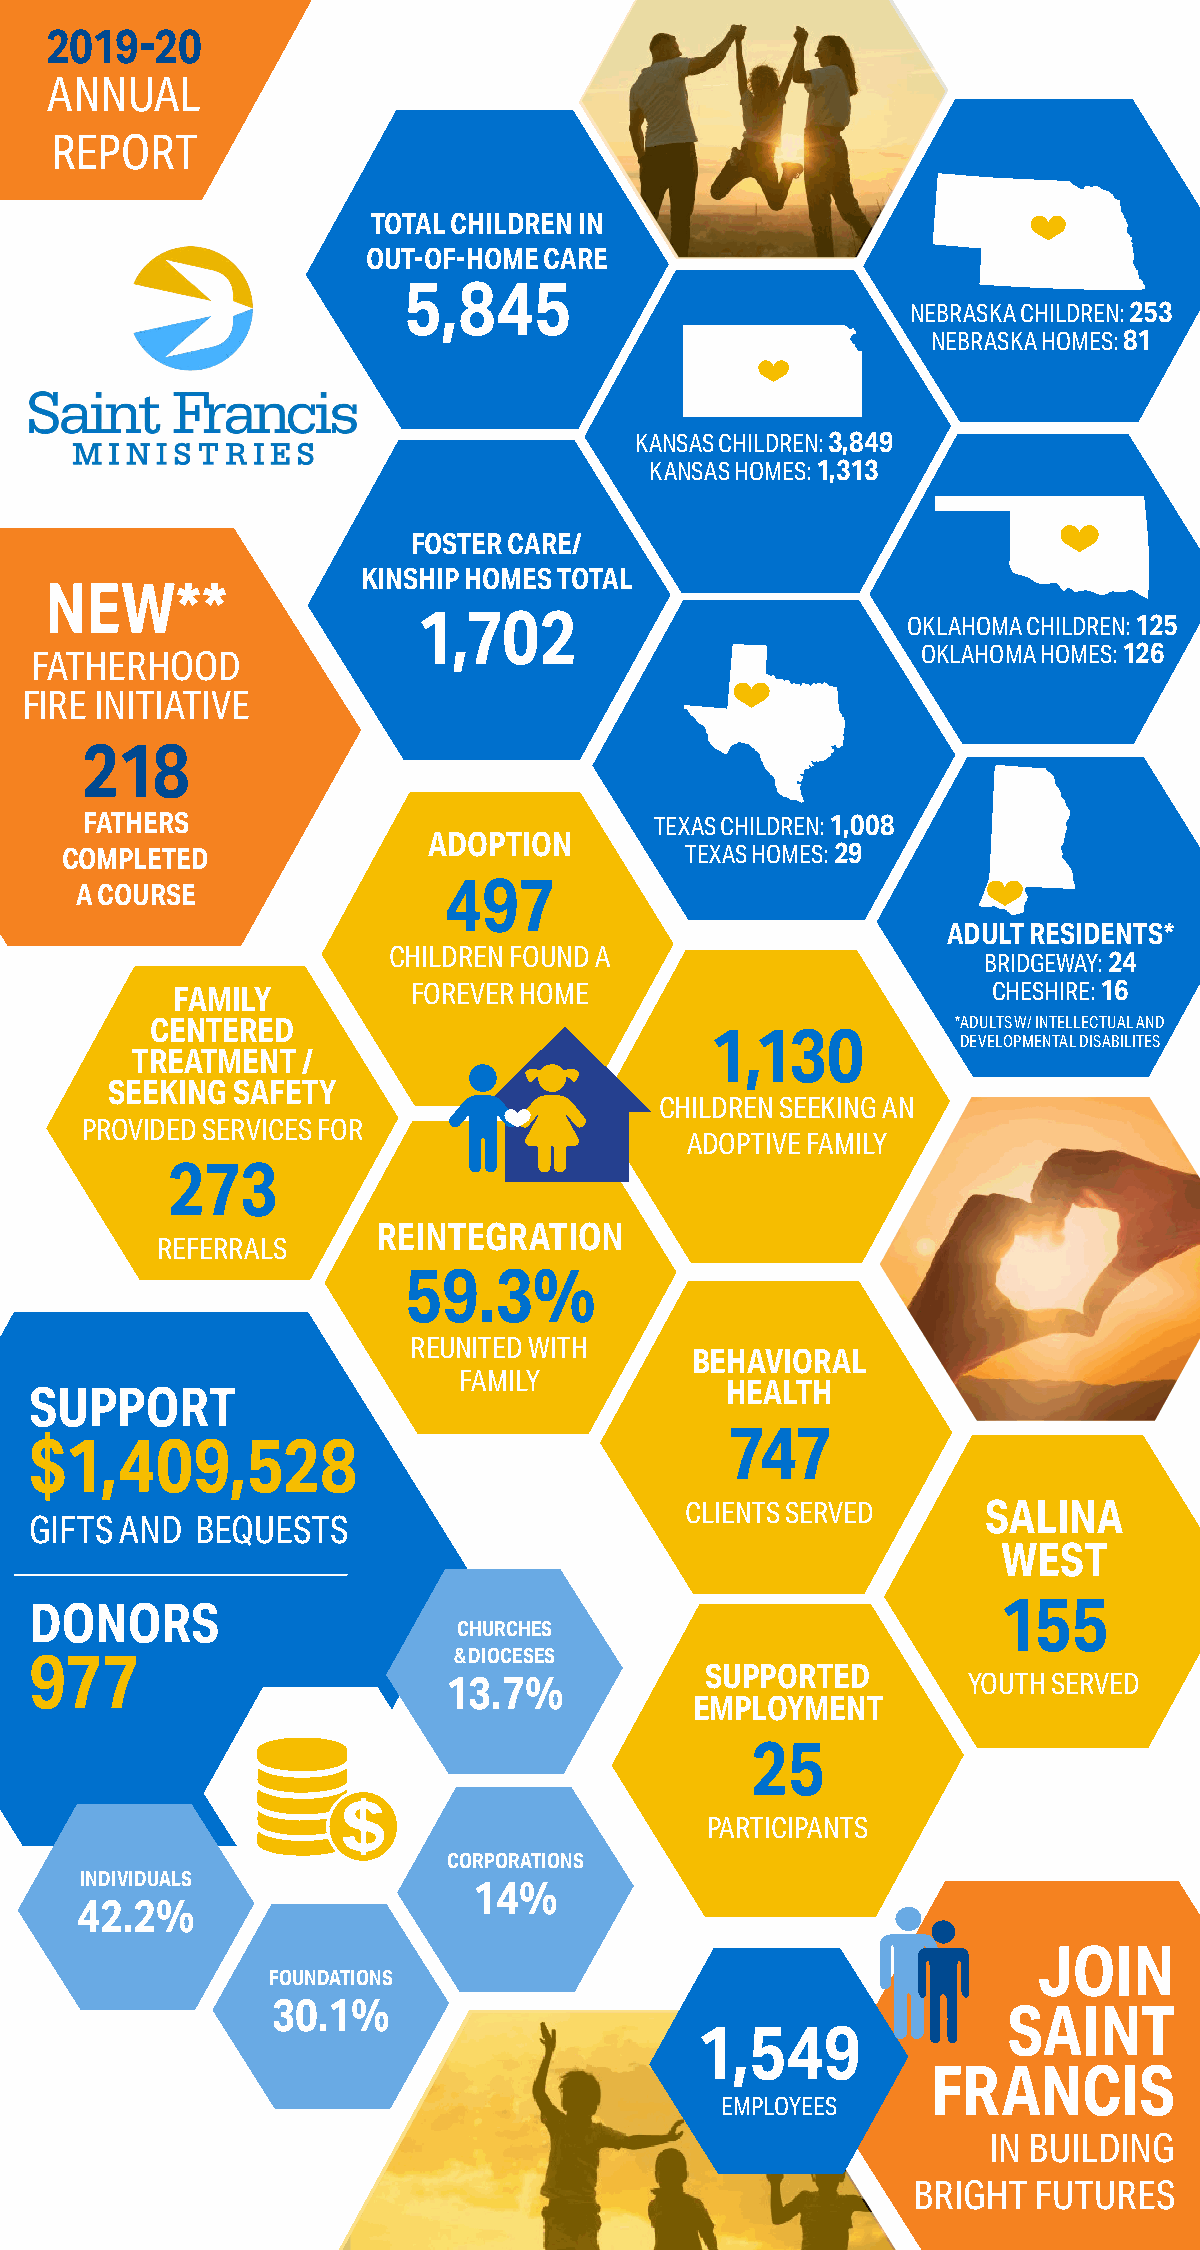
2019-20
 ANNUAL
 REPORT
 TOTAL CHILDREN IN
 OUT-OF-HOME CARE
 5,845
 NEBRASKA CHILDREN: 253
 NEBRASKA HOMES: 81
 KANSAS CHILDREN: 3,849
 KANSAS HOMES: 1,313
 FOSTER CARE/
 KINSHIP HOMES TOTAL
 NEW**
 1,702
 OKLAHOMA CHILDREN: 125
 FATHERHOOD                                                 OKLAHOMA HOMES: 126
 FIRE INITIATIVE
 218
 FATHERS                               TEXAS CHILDREN: 1,008
 ADOPTION
 COMPLETED                                TEXAS HOMES: 29
 497
 A COURSE
 ADULT RESIDENTS*
 CHILDREN FOUND A                       BRIDGEWAY: 24
 FAMILY          FOREVER HOME                           CHESHIRE: 16
 CENTERED                                             *ADULTS W/ INTELLECTUAL AND
 1,130
 DEVELOPMENTAL DISABILITES
 TREATMENT  /
 SEEKING SAFETY
 CHILDREN SEEKING AN
 PROVIDED SERVICES FOR
 ADOPTIVE FAMILY
 273
 REINTEGRATION
 REFERRALS
 59.3%
 REUNITED WITH
 BEHAVIORAL
 FAMILY
 SUPPORT                                       HEALTH
 747
 $1,409,528
 CLIENTS SERVED      SALINA
 GIFTS AND  BEQUESTS
 WEST
 155
 DONORS
 CHURCHES
 977                         & DIOCESES
 SUPPORTED
 13.7%                              YOUTH SERVED
 EMPLOYMENT
 25
 PARTICIPANTS
 CORPORATIONS
 INDIVIDUALS
 14%
 42.2%
 JOIN
 FOUNDATIONS
 30.1%
 SAINT
 1,549
 FRANCIS
 EMPLOYEES
 IN BUILDING
 BRIGHT   FUTURES